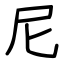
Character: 尼